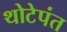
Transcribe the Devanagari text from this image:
थोटेपंत